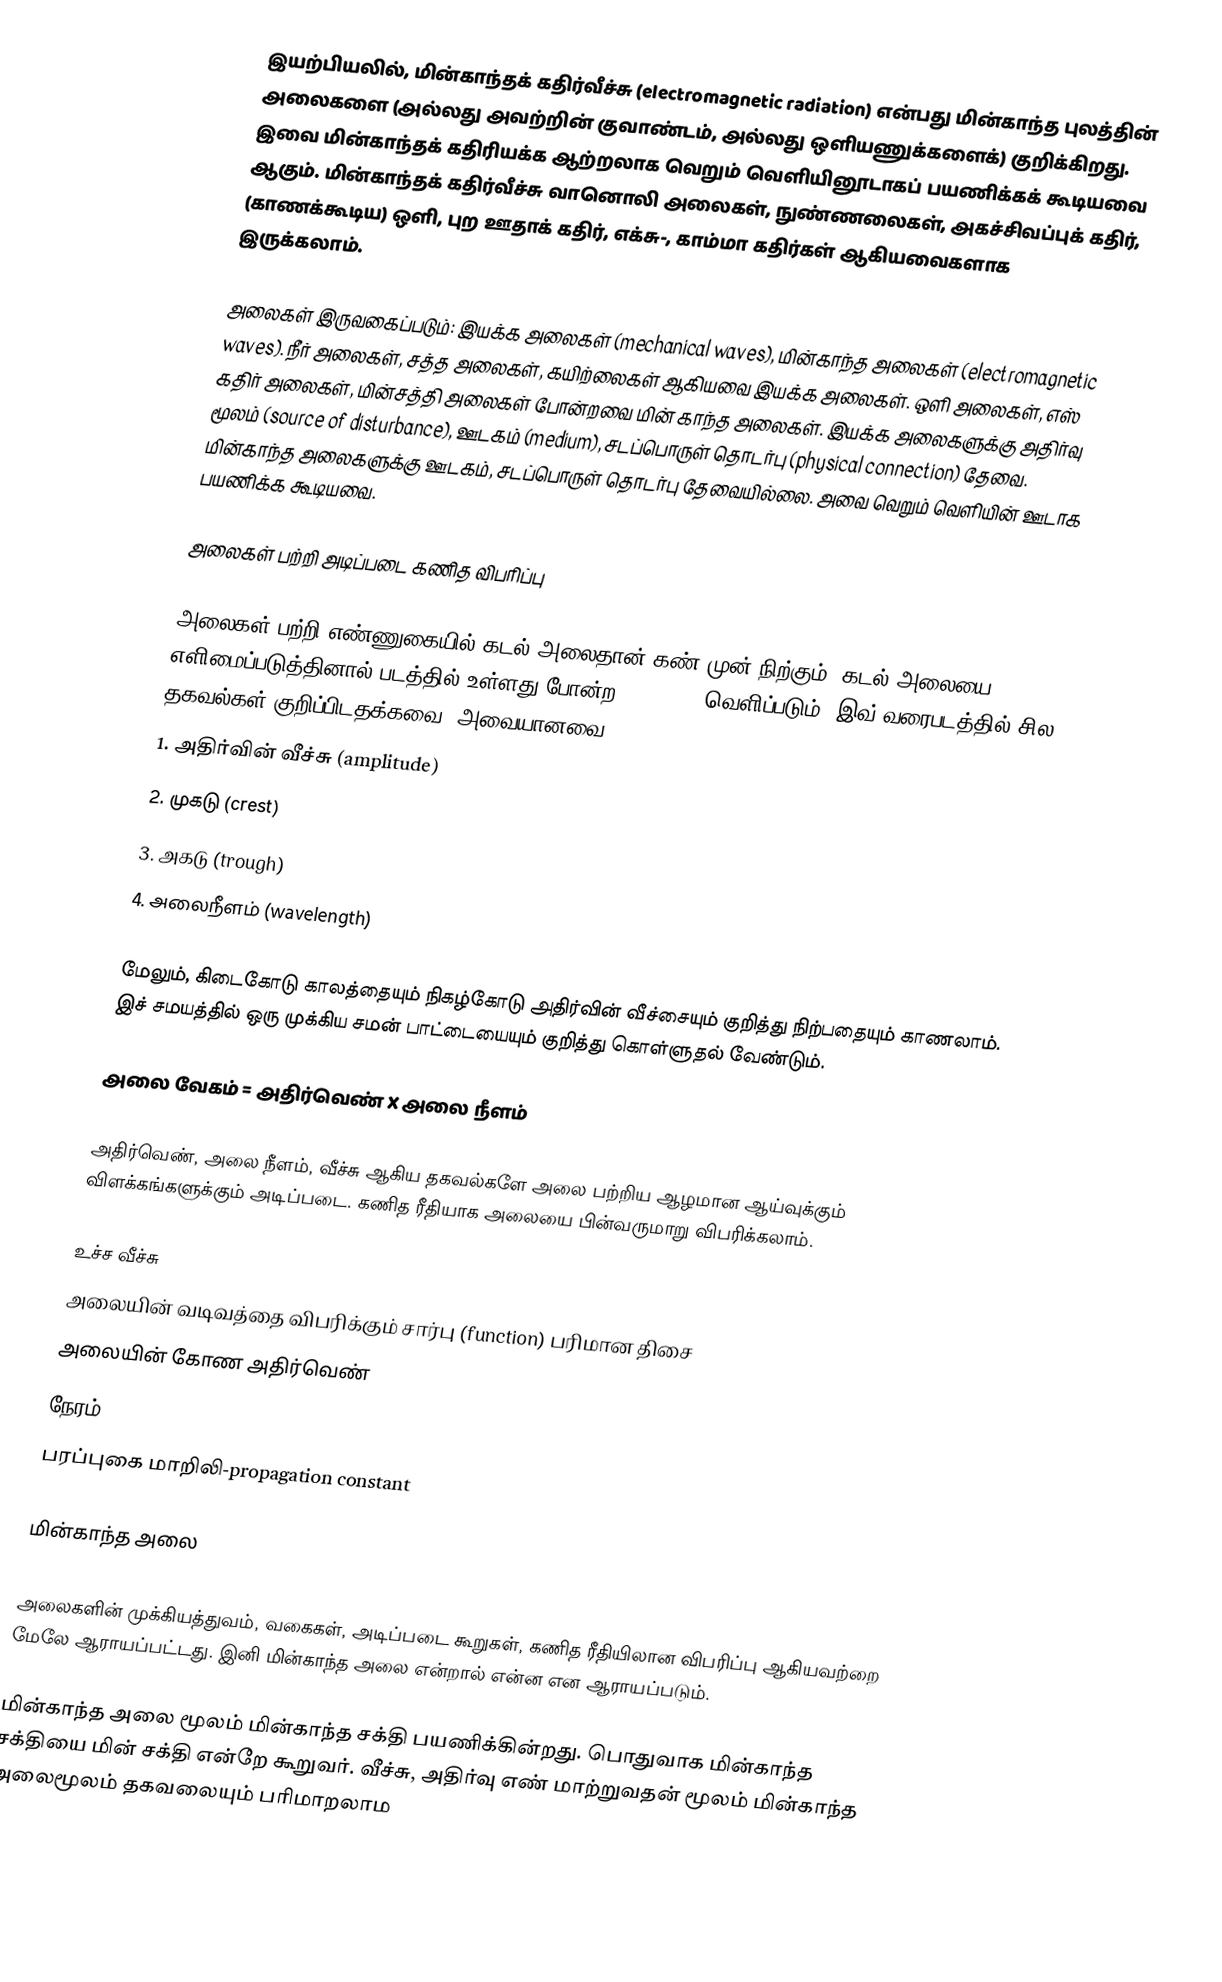
இயற்பியலில், மின்காந்தக் கதிர்வீச்சு (electromagnetic radiation) என்பது மின்காந்த புலத்தின் அலைகளை (அல்லது அவற்றின் குவாண்டம், அல்லது ஒளியணுக்களைக்) குறிக்கிறது. இவை மின்காந்தக் கதிரியக்க ஆற்றலாக வெறும் வெளியினூடாகப் பயணிக்கக் கூடியவை ஆகும். மின்காந்தக் கதிர்வீச்சு வானொலி அலைகள், நுண்ணலைகள், அகச்சிவப்புக் கதிர், (காணக்கூடிய) ஒளி, புற ஊதாக் கதிர், எக்சு-, காம்மா கதிர்கள் ஆகியவைகளாக இருக்கலாம்.

அலைகள் இருவகைப்படும்: இயக்க அலைகள் (mechanical waves), மின்காந்த அலைகள் (electromagnetic waves). நீர் அலைகள், சத்த அலைகள், கயிற்லைகள் ஆகியவை இயக்க அலைகள். ஒளி அலைகள், எஸ் கதிர் அலைகள், மின்சத்தி அலைகள் போன்றவை மின் காந்த அலைகள். இயக்க அலைகளுக்கு அதிர்வு மூலம் (source of disturbance), ஊடகம் (medium), சடப்பொருள் தொடர்பு (physical connection) தேவை. மின்காந்த அலைகளுக்கு ஊடகம், சடப்பொருள் தொடர்பு தேவையில்லை. அவை வெறும் வெளியின் ஊடாக பயணிக்க கூடியவை.

அலைகள் பற்றி அடிப்படை கணித விபரிப்பு

அலைகள் பற்றி எண்ணுகையில் கடல் அலைதான் கண் முன் நிற்கும். கடல் அலையை எளிமைப்படுத்தினால் படத்தில் உள்ளது போன்ற sine wave வெளிப்படும். இவ் வரைபடத்தில் சில தகவல்கள் குறிப்பிடதக்கவை. அவையானவை:
1. அதிர்வின் வீச்சு (amplitude)
2. முகடு (crest)
3. அகடு (trough)
4. அலைநீளம் (wavelength)

மேலும், கிடைகோடு காலத்தையும் நிகழ்கோடு அதிர்வின் வீச்சையும் குறித்து நிற்பதையும் காணலாம். இச் சமயத்தில் ஒரு முக்கிய சமன் பாட்டையையும் குறித்து கொள்ளுதல் வேண்டும்.

அலை வேகம் = அதிர்வெண் X அலை நீளம்

அதிர்வெண், அலை நீளம், வீச்சு ஆகிய தகவல்களே அலை பற்றிய ஆழமான ஆய்வுக்கும் விளக்கங்களுக்கும் அடிப்படை. கணித ரீதியாக அலையை பின்வருமாறு விபரிக்கலாம்.

 உச்ச வீச்சு
 அலையின் வடிவத்தை விபரிக்கும் சார்பு (function) பரிமான திசை
 அலையின் கோண அதிர்வெண்
 நேரம்
 பரப்புகை மாறிலி-propagation constant

மின்காந்த அலை

அலைகளின் முக்கியத்துவம், வகைகள், அடிப்படை கூறுகள், கணித ரீதியிலான விபரிப்பு ஆகியவற்றை மேலே ஆராயப்பட்டது. இனி மின்காந்த அலை என்றால் என்ன என ஆராயப்படும்.

மின்காந்த அலை மூலம் மின்காந்த சக்தி பயணிக்கின்றது. பொதுவாக மின்காந்த சக்தியை மின் சக்தி என்றே கூறுவர். வீச்சு, அதிர்வு எண் மாற்றுவதன் மூலம் மின்காந்த அலைமூலம் தகவலையும் பரிமாறலாம